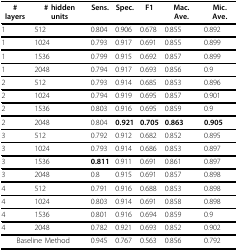
<table><thead><tr><td><b># layers</b></td><td><b># hidden units</b></td><td><b>Sens.</b></td><td><b>Spec.</b></td><td><b>F1</b></td><td><b>Mac. Ave.</b></td><td><b>Mic. Ave.</b></td></tr></thead><tbody><tr><td>1</td><td>512</td><td>0.804</td><td>0.906</td><td>0.678</td><td>0.855</td><td>0.892</td></tr><tr><td>1</td><td>1024</td><td>0.793</td><td>0.917</td><td>0.691</td><td>0.855</td><td>0.899</td></tr><tr><td>1</td><td>1536</td><td>0.799</td><td>0.915</td><td>0.692</td><td>0.857</td><td>0.899</td></tr><tr><td>1</td><td>2048</td><td>0.794</td><td>0.917</td><td>0.693</td><td>0.856</td><td>0.9</td></tr><tr><td>2</td><td>512</td><td>0.793</td><td>0.914</td><td>0.685</td><td>0.853</td><td>0.896</td></tr><tr><td>2</td><td>1024</td><td>0.794</td><td>0.919</td><td>0.695</td><td>0.857</td><td>0.901</td></tr><tr><td>2</td><td>1536</td><td>0.803</td><td>0.916</td><td>0.695</td><td>0.859</td><td>0.9</td></tr><tr><td>2</td><td>2048</td><td>0.804</td><td><b>0.921</b></td><td><b>0.705</b></td><td><b>0.863</b></td><td><b>0.905</b></td></tr><tr><td>3</td><td>512</td><td>0.792</td><td>0.912</td><td>0.682</td><td>0.852</td><td>0.895</td></tr><tr><td>3</td><td>1024</td><td>0.793</td><td>0.914</td><td>0.686</td><td>0.853</td><td>0.897</td></tr><tr><td>3</td><td>1536</td><td><b>0.811</b></td><td>0.911</td><td>0.691</td><td>0.861</td><td>0.897</td></tr><tr><td>3</td><td>2048</td><td>0.8</td><td>0.915</td><td>0.691</td><td>0.857</td><td>0.898</td></tr><tr><td>4</td><td>512</td><td>0.791</td><td>0.916</td><td>0.688</td><td>0.853</td><td>0.898</td></tr><tr><td>4</td><td>1024</td><td>0.803</td><td>0.914</td><td>0.691</td><td>0.858</td><td>0.898</td></tr><tr><td>4</td><td>1536</td><td>0.801</td><td>0.916</td><td>0.694</td><td>0.859</td><td>0.9</td></tr><tr><td>4</td><td>2048</td><td>0.782</td><td>0.921</td><td>0.693</td><td>0.852</td><td>0.902</td></tr><tr><td colspan="2">Baseline Method</td><td>0.945</td><td>0.767</td><td>0.563</td><td>0.856</td><td>0.792</td></tr></tbody></table>